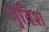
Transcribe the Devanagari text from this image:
जुविश